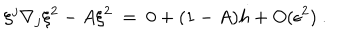
LaTeX: \xi ^ { j } \nabla _ { j } \xi ^ { 2 } - A \xi ^ { 2 } \ = \ 0 + ( 1 - A ) h + O ( \epsilon ^ { 2 } ) \ .